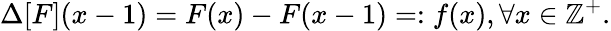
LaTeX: \Delta[F](x-1)=F(x)-F(x-1)=:f(x),\forall x\in\mathbb{Z}^{+}.